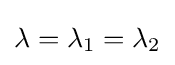
\lambda =\lambda _{1}=\lambda _{2}